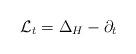
LaTeX: \begin{align*}\mathcal{L}_t = \Delta_H - \partial_t\end{align*}